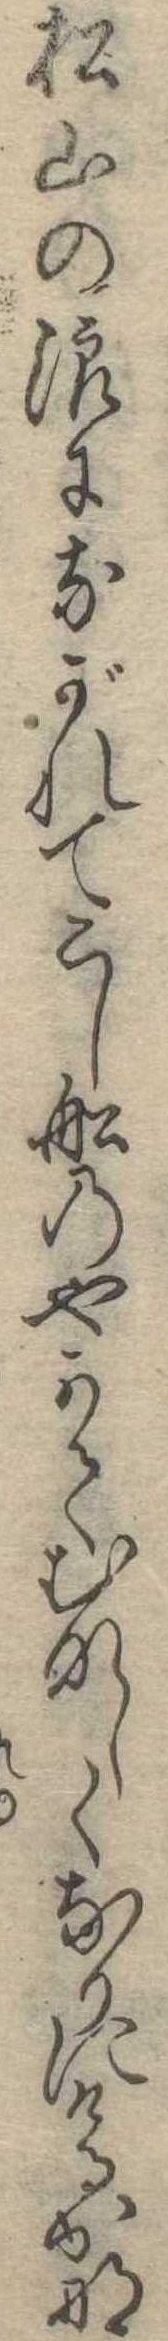
松山の浪にながれてこし船のやがてむなしくなりにけるかな